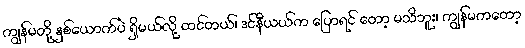
ကျွန်မတို့ နှစ်ယောက်ပဲ ရှိမယ်လို့ ထင်တယ်၊ ဒင်နီယယ်က ပြောရင် တော့ မသိဘူး၊ ကျွန်မကတော့